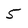
Character: 5